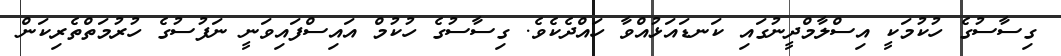
ގިސާސުގެ ހުކުމަކީ އިސްލާމްދީނުގައި ކަނޑައަޅުއްވާ ހައްދެކެވެ. ގިސާސުގެ ހުކުމް އައިސްފައިވަނީ ނަފުސުގެ ހުރުމަތްތެރިކަން